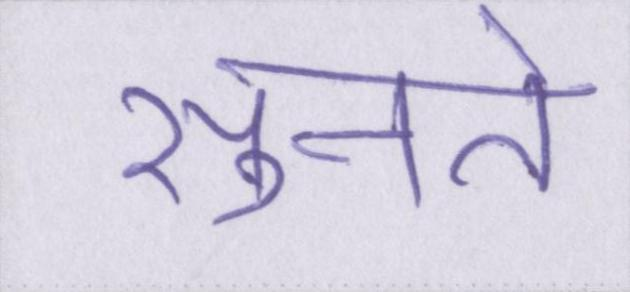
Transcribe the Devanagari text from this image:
सुनते